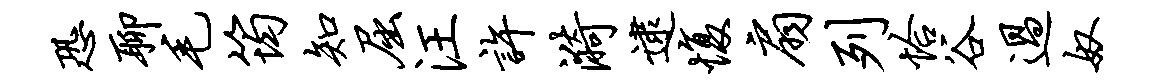
恐聊毛筠知屈汪许漪逮愎扇列恰谷过奴